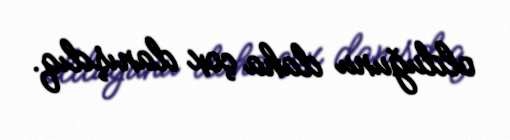
olduğunu daha çox danışdıq.